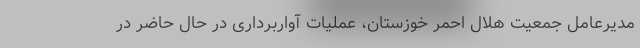
مدیرعامل جمعیت هلال احمر خوزستان، عملیات آواربرداری در حال حاضر در